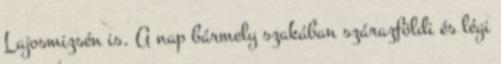
Lajosmizsén is. A nap bármely szakában szárazföldi és légi